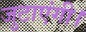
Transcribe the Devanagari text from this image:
जुटाएंगी।